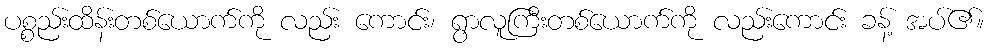
ပစ္စည်းထိန်းတစ်ယောက်ကို လည်း ကောင်း၊ ရွာလူကြီးတစ်ယောက်ကို လည်းကောင်း ခန့် အပ်၏။